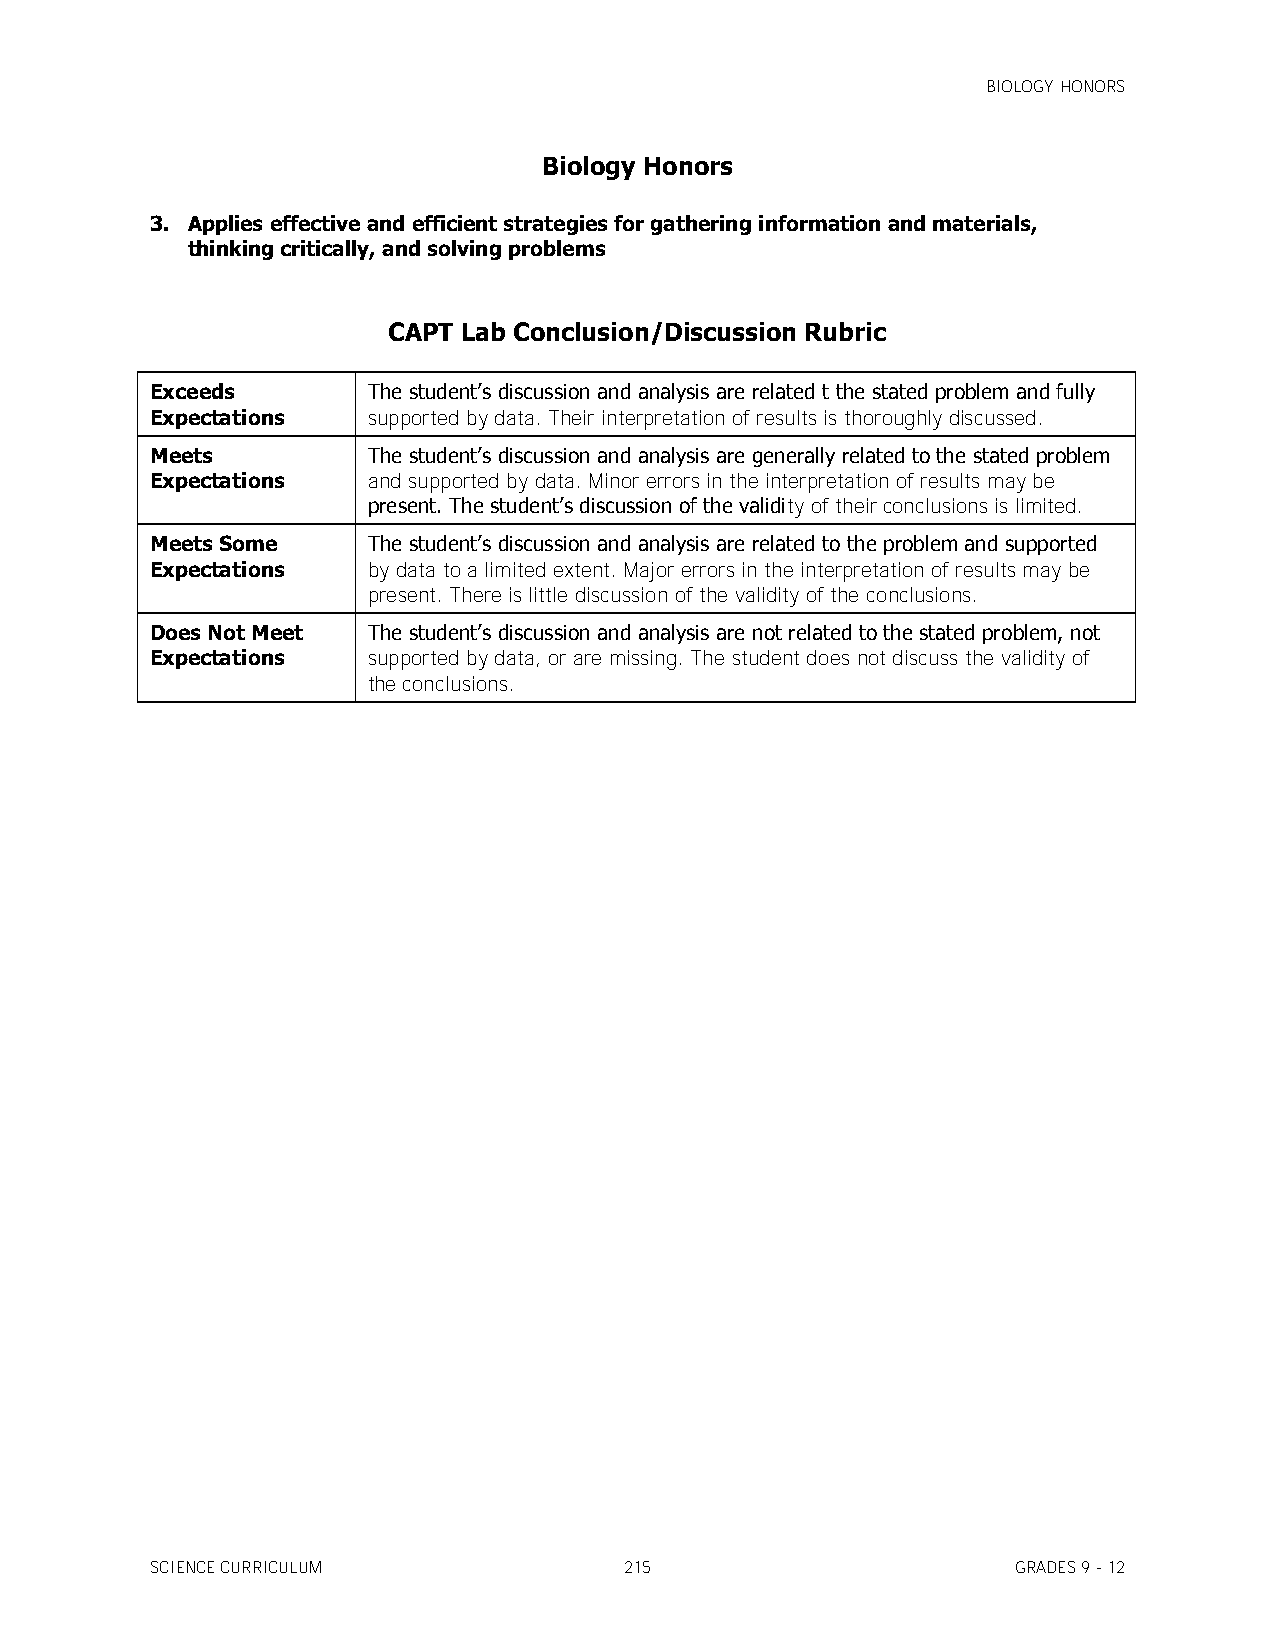
BIOLOGY HONORS
 Biology Honors
 3. Applies effective and efficient strategies for gathering information and materials,
 thinking critically, and solving problems
 CAPT Lab Conclusion/Discussion Rubric
 Exceeds       The student’s discussion and analysis are related t the stated problem and fully
 Expectations  supported by data. Their interpretation of results is thoroughly discussed.
 Meets         The student’s discussion and analysis are generally related to the stated problem
 Expectations  and supported by data. Minor errors in the interpretation of results may be
 present. The student’s discussion of the validity of their conclusions is limited.
 Meets Some    The student’s discussion and analysis are related to the problem and supported
 Expectations  by data to a limited extent. Major errors in the interpretation of results may be
 present. There is little discussion of the validity of the conclusions.
 Does Not Meet The student’s discussion and analysis are not related to the stated problem, not
 Expectations  supported by data, or are missing. The student does not discuss the validity of
 the conclusions.
 SCIENCE CURRICULUM             215                       GRADES 9 - 12